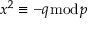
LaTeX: x ^ { 2 } \equiv - q { \bmod { p } }